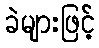
ခဲများဖြင့်